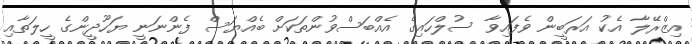
އިޒްރޭލާ އެކު އަރަބީން ވެފައިވާ ސުލްހައިގެ އެއްބަސްވުންތަކަށް ބެއްޔަސް ފެންނަނީ ޔަހޫދީންގެ ހީލަތާއި